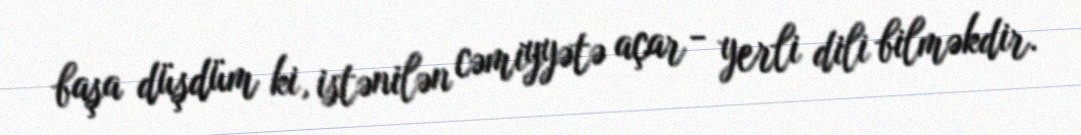
başa düşdüm ki, istənilən cəmiyyətə açar - yerli dili bilməkdir.